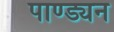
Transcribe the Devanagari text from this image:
पाण्ड्यन